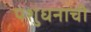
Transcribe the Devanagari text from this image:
पशुधनाची